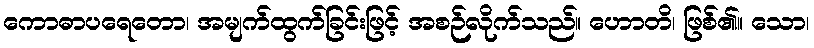
ကောဓာပရေတော၊ အမျက်ထွက်ခြင်းဖြင့် အစဉ်လိုက်သည်။ ဟောတိ၊ ဖြစ်၏။ သော၊